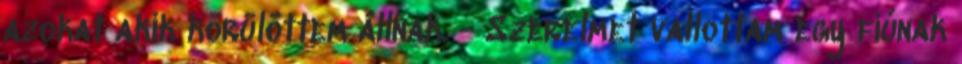
azokat akik körülöttem állnak. - Szerelmet vallottam egy fiúnak